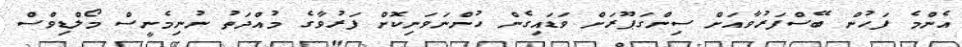
އެންމެ ފަހުން ބޭސްފަރުވާއަށް ސިންގަޕޫރަށް ވަޑައިގެން ހުންނަވަނިކޮށް ފަރުވާގެ މުއްދަތު ނުނިމެނީސް މޯލްޑިވްސް